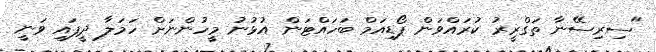
"ސިރިސޭނާ ތަގްރީރު ކުރައްވަން ޕޯޑިއަމް ބަހައްޓަން އުޅުނު މީހުންނަށް ހަމަލާ ދީފައި ވަނީ